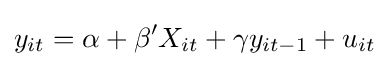
y_{it}=\alpha +\beta 'X_{it}+\gamma y_{it-1}+u_{it}